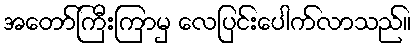
အတော်ကြီးကြာမှ လေပြင်းပေါက်လာသည်။